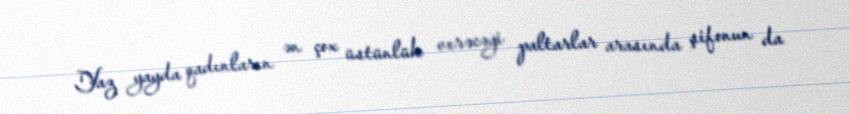
Yaz yayda qadınların ən çox üstünlük verəcəyi paltarlar arasında şifonun da